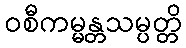
ဝစီကမ္မန္တသမ္ပတ္တိ